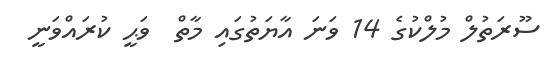
ސޫރަތުލް މުލްކުގެ 14 ވަނަ އާޔަތުގައި މާތް  ވަޙީ ކުރައްވަނީ